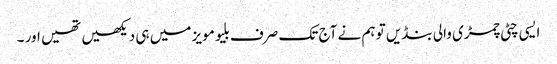
ایسی چٹی چمڑی والی بنڈیں تو ہم نے آج تک صرف بلیو مویز میں ہی دیکھیں تھیں اور ۔